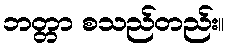
ဘတ္တာ စသည်တည်း။